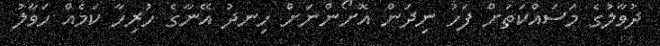
ދުވާލުގެ މަސައްކަތަށް ފަހު ނިދަން އޮށޯންނަށް ހިނދު އޭނާގެ ހުރިހާ ކަމެއް ހަވާލު